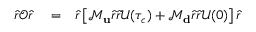
\begin{array} { r l r } { \hat { r } \mathcal { O } \hat { r } } & { { } = } & { \hat { r } \left[ \mathcal { M } _ { \bf u } \hat { r } \hat { r } \mathcal { U } ( \tau _ { c } ) + \mathcal { M } _ { \bf d } \hat { r } \hat { r } \mathcal { U } ( 0 ) \right] \hat { r } } \end{array}